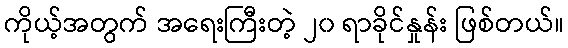
ကိုယ့်အတွက် အရေးကြီးတဲ့ ၂၀ ရာခိုင်နှုန်း ဖြစ်တယ်။